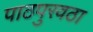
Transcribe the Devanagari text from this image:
पाठपुरवठा